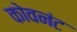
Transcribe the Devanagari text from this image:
कोवनंट